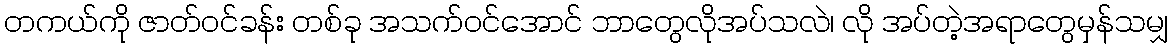
တကယ်ကို ဇာတ်ဝင်ခန်း တစ်ခု အသက်ဝင်အောင် ဘာတွေလိုအပ်သလဲ၊ လို အပ်တဲ့အရာတွေမှန်သမျှ